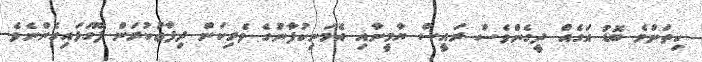
ކިތަންމެ ބޮޑު އަގެއް ދީގެންވެސް ރައީސް ޔާމީނާއި އެމަނިކުފާނުގެ ވެރިކަން ދިފާޢުކުރަން ފޫގަޅައިގެންނެވެ.